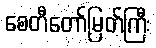
စေတီတော်မြတ်ကြီး